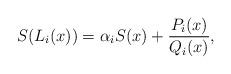
LaTeX: \begin{align*} S(L_i(x)) = \alpha_i S(x) + \frac{P_i(x)} {Q_i(x)},\end{align*}